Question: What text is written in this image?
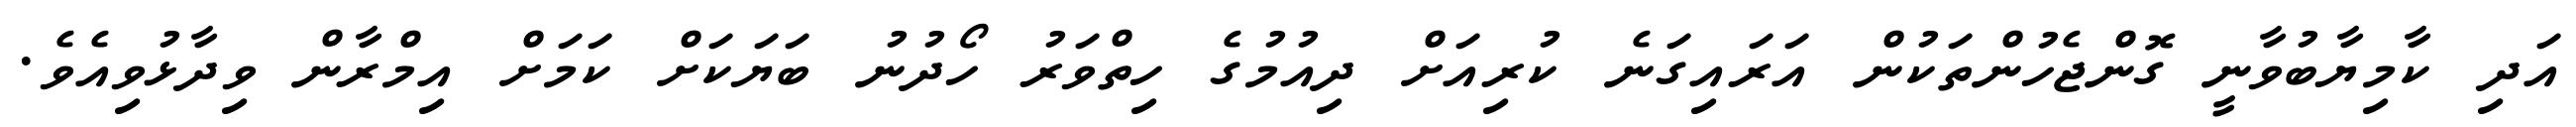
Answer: އަދި ކާމިޔާބުވާނީ ގޮންޖެހުންތަކުން އަރައިގަނެ ކުރިއަށް ދިއުމުގެ ހިތްވަރު ހޯދުނު ބަޔަކަށް ކަމަށް އިމްރާން ވިދާޅުވިއެވެ.